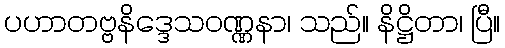
ပဟာတဗ္ဗနိဒ္ဒေသဝဏ္ဏနာ၊ သည်။ နိဋ္ဌိတာ၊ ပြီ။